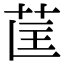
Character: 𮎵